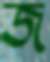
জ